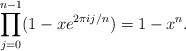
LaTeX: \begin{align*}\prod_{j=0}^{n-1} (1-xe^{2\pi i j/n})=1-x^n.\end{align*}